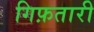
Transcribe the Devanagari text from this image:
गिफ़तारी